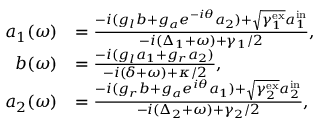
\begin{array} { r l } { a _ { 1 } ( \omega ) } & { = \frac { - i ( g _ { l } b + g _ { a } e ^ { - i \theta } a _ { 2 } ) + \sqrt { \gamma _ { 1 } ^ { \mathrm { e x } } } a _ { 1 } ^ { \mathrm { i n } } } { - i ( \Delta _ { 1 } + \omega ) + \gamma _ { 1 } / 2 } , } \\ { b ( \omega ) } & { = \frac { - i ( g _ { l } a _ { 1 } + g _ { r } a _ { 2 } ) } { - i ( \delta + \omega ) + \kappa / 2 } , } \\ { a _ { 2 } ( \omega ) } & { = \frac { - i ( g _ { r } b + g _ { a } e ^ { i \theta } a _ { 1 } ) + \sqrt { \gamma _ { 2 } ^ { \mathrm { e x } } } a _ { 2 } ^ { \mathrm { i n } } } { - i ( \Delta _ { 2 } + \omega ) + \gamma _ { 2 } / 2 } , } \end{array}